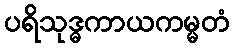
ပရိသုဒ္ဓကာယကမ္မတံ